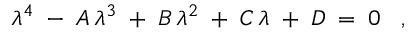
\lambda ^ { 4 } \; - \; A \, \lambda ^ { 3 } \; + \; B \, \lambda ^ { 2 } \; + \; C \, \lambda \; + \; D \; = \; 0 \; \; \; ,